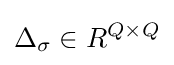
\Delta _{\sigma }\in R^{Q\times Q}